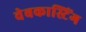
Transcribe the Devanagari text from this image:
वेबकास्टिंग